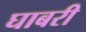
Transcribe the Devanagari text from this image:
घाबरी